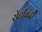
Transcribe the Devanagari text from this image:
रोटीबंदी